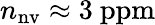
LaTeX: n_{\mathrm{nv}}\approx 3~\mathrm{ppm}